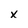
Character: x